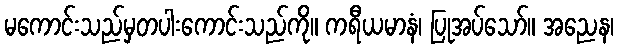
မကောင်းသည်မှတပါးကောင်းသည်ကို။ ကရီယမာနံ၊ ပြုအပ်သော်။ အညေန၊